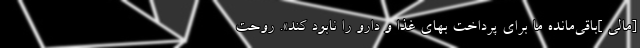
[مالی ]باقی‌مانده ما برای پرداخت بهای غذا و دارو را نابود کند». روحت